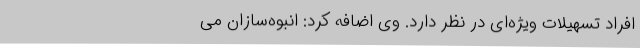
افراد تسهیلات ویژه‌ای در نظر دارد. وی اضافه‌ کرد: انبوه‌سازان می‌